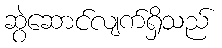
ဆွဲဆောင်လျက်ရှိသည်